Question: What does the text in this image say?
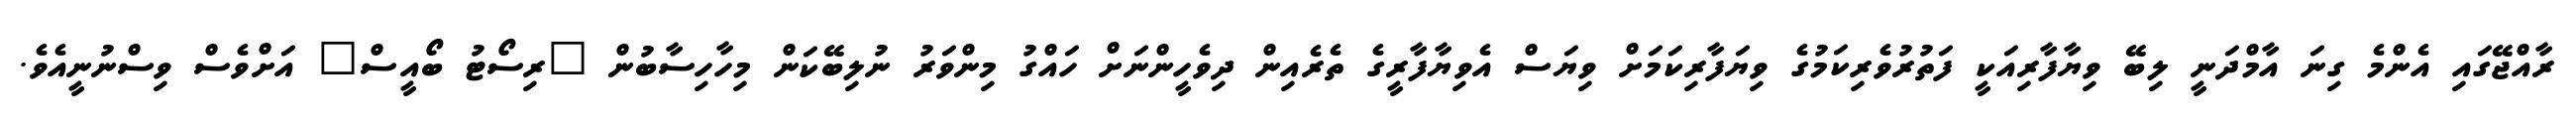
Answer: ރާއްޖޭގައި އެންމެ ގިނަ އާމްދަނީ ލިބޭ ވިޔާފާރިއަކީ ފަތުރުވެރިކަމުގެ ވިޔަފާރިކަމަށް ވިޔަސް އެވިޔާފާރީގެ ތެރެއިން ދިވެހީންނަށް ހައްގު މިންވަރު ނުލިބޭކަން މިހާހިސާބުން "ރިސޯޓު ބޯއީސް" އަށްވެސް ވިސްނުނީއެވެ.